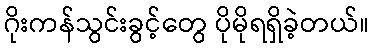
ဂိုးကန်သွင်းခွင့်တွေ ပိုမိုရရှိခဲ့တယ်။